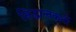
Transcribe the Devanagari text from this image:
सिद्धान्तकर्ती